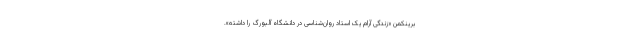
برینکمن «زندگی آرام یک استاد روان‌شناسی در دانشگاه آلبورگ را داشته».